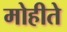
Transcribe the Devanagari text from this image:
मोहीते